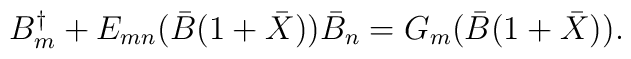
B^{\dagger}_{m} + E_{mn}(\bar{B}(1+\bar{X}))\bar{B}_{n} = G_{m}(\bar{B}(1+\bar{X})).